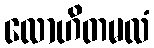
လောဟိတမလံ